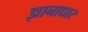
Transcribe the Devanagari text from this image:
ज्ञानाधार